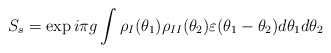
\begin{align*}S_{s}=\exp i\pi g\int \rho _{I}(\theta _{1})\rho _{II}(\theta_{2})\varepsilon (\theta _{1}-\theta _{2})d\theta _{1}d\theta _{2}\end{align*}